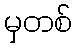
မှတစ်